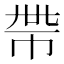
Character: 𢂸